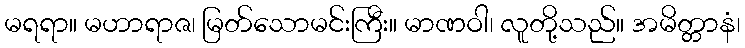
မရရာ။ မဟာရာဇ၊ မြတ်သောမင်းကြီး။ မာဏဝါ၊ လူတို့သည်။ အမိတ္တာနံ၊